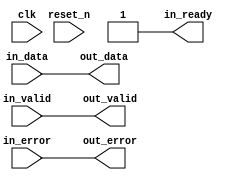
// --------------------------------------------------------------------------------
//| Avalon Streaming Timing Adapter
// --------------------------------------------------------------------------------

`timescale 1ns / 100ps
module sonic_v1_15_pcs_eth_10g_mac_tx_st_timing_adapter_splitter_status_output (
    
      // Interface: clk
      input              clk,
      // Interface: reset
      input              reset_n,
      // Interface: in
      output reg         in_ready,
      input              in_valid,
      input      [39: 0] in_data,
      input      [ 6: 0] in_error,
      // Interface: out
      output reg         out_valid,
      output reg [39: 0] out_data,
      output reg [ 6: 0] out_error
);




   // ---------------------------------------------------------------------
   //| Signal Declarations
   // ---------------------------------------------------------------------

   reg  [46: 0] in_payload;
   reg  [46: 0] out_payload;
   reg  [ 0: 0] ready;
   reg          out_ready = 1;


   // ---------------------------------------------------------------------
   //| Payload Mapping
   // ---------------------------------------------------------------------
   always @* begin
     in_payload = {in_data,in_error};
     {out_data,out_error} = out_payload;
   end

   // ---------------------------------------------------------------------
   //| Ready & valid signals.
   // ---------------------------------------------------------------------
   always @* begin
     ready[0] = out_ready;
     out_valid = in_valid;
     out_payload = in_payload;
     in_ready = ready[0];
   end




endmodule